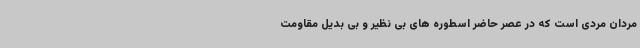
مردان مردی است که در عصر حاضر اسطوره های بی نظیر و بی بدیل مقاومت